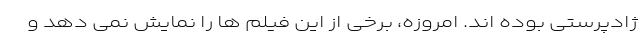
ژادپرستی بوده اند. امروزه، برخی از این فیلم ها را نمایش نمی دهد و